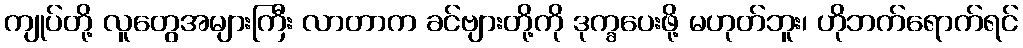
ကျုပ်တို့ လူတွေအများကြီး လာတာက ခင်ဗျားတို့ကို ဒုက္ခပေးဖို့ မဟုတ်ဘူး၊ ဟိုဘက်ရောက်ရင်